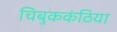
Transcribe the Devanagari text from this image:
चिबुककंठिया